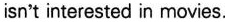
isn't interested in movies.